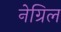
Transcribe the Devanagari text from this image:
नेग्रिल